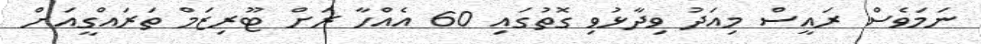
ނަމަވެސް ރައީސް މިއަދު ވިދާޅުވި ގޮތުގައި 60 އެއްހާ ރަށް ޓޫރިޒަމް ތަރައްގީއަށް